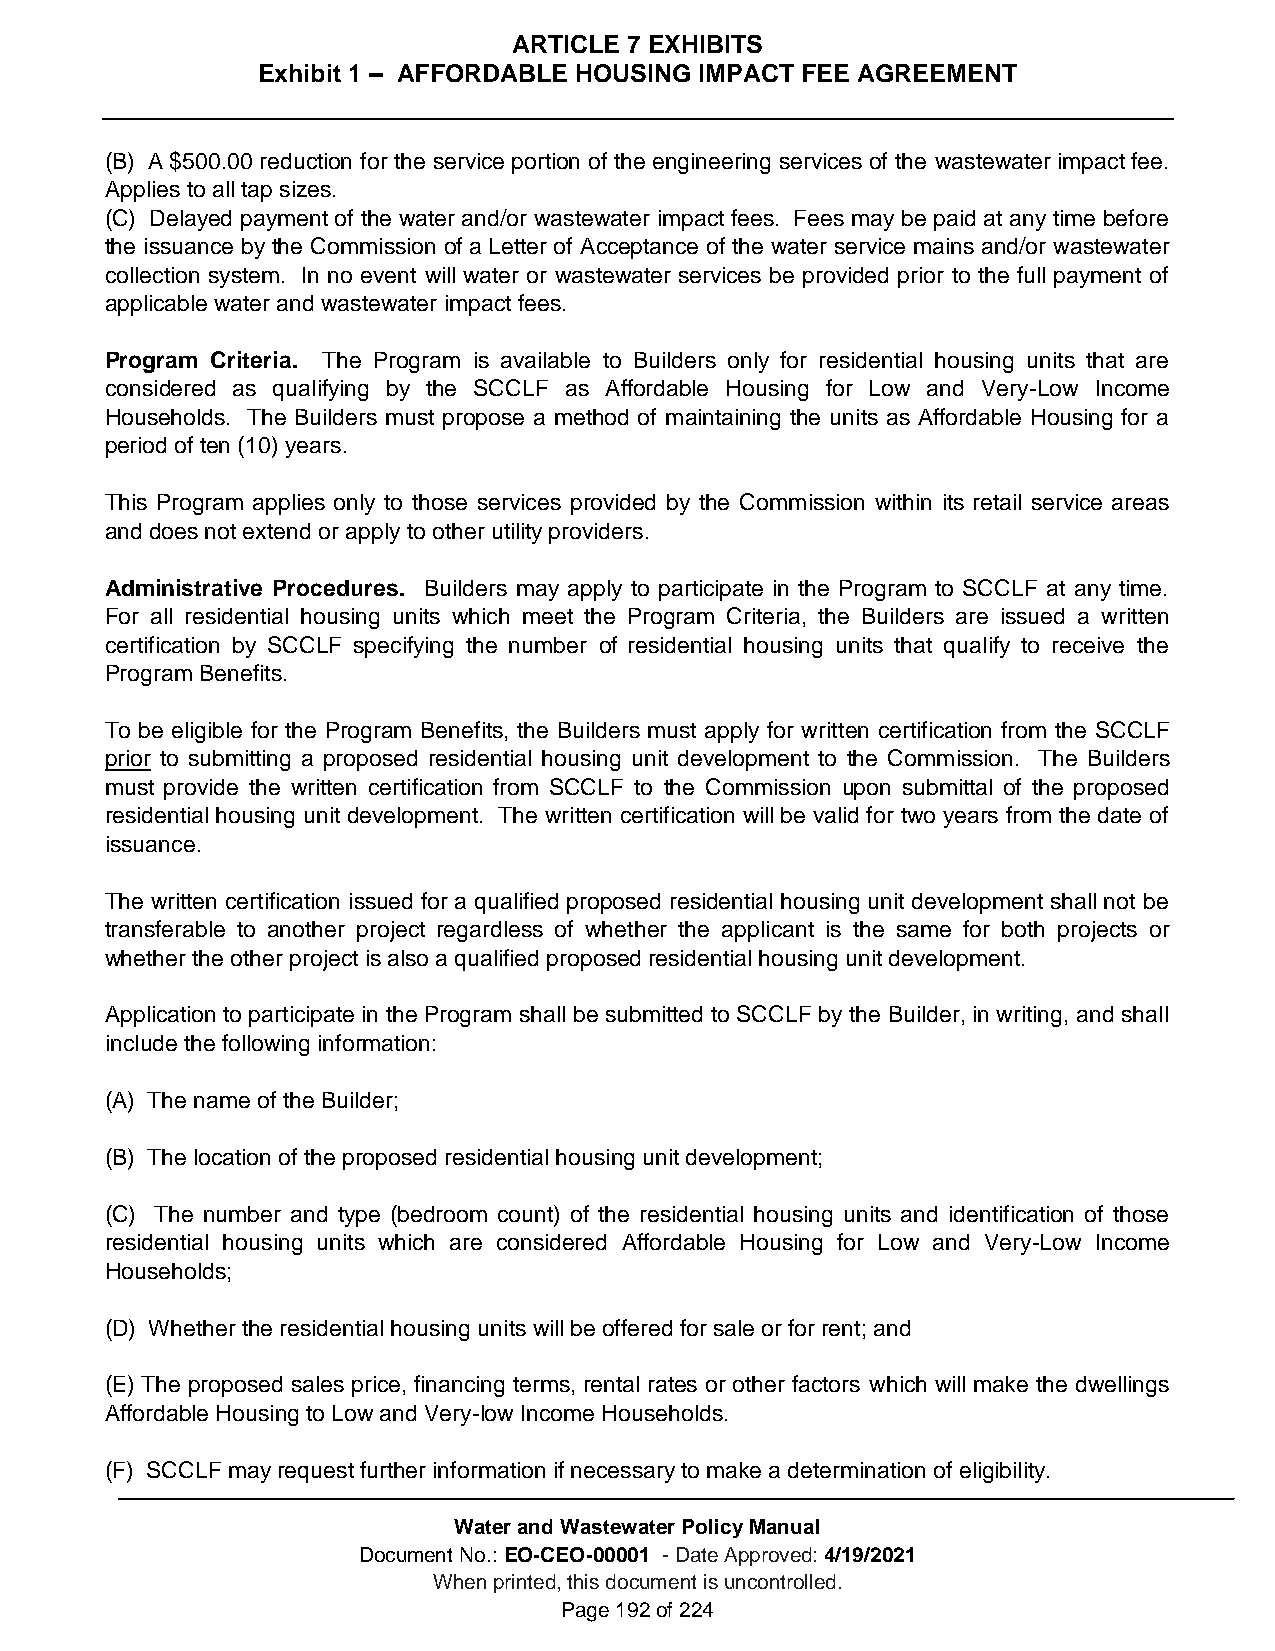
ARTICLE 7 EXHIBITS
 Exhibit 1 – AFFORDABLE HOUSING IMPACT FEE AGREEMENT
 (B) A $500.00 reduction for the service portion of the engineering services of the wastewater impact fee.
 Applies to all tap sizes.
 (C) Delayed payment of the water and/or wastewater impact fees. Fees may be paid at any time before
 the issuance by the Commission of a Letter of Acceptance of the water service mains and/or wastewater
 collection system. In no event will water or wastewater services be provided prior to the full payment of
 applicable water and wastewater impact fees.
 Program Criteria. The Program is available to Builders only for residential housing units that are
 considered as qualifying by the SCCLF as Affordable Housing for Low and Very-Low Income
 Households. The Builders must propose a method of maintaining the units as Affordable Housing for a
 period of ten (10) years.
 This Program applies only to those services provided by the Commission within its retail service areas
 and does not extend or apply to other utility providers.
 Administrative Procedures. Builders may apply to participate in the Program to SCCLF at any time.
 For all residential housing units which meet the Program Criteria, the Builders are issued a written
 certification by SCCLF specifying the number of residential housing units that qualify to receive the
 Program Benefits.
 To be eligible for the Program Benefits, the Builders must apply for written certification from the SCCLF
 prior to submitting a proposed residential housing unit development to the Commission. The Builders
 must provide the written certification from SCCLF to the Commission upon submittal of the proposed
 residential housing unit development. The written certification will be valid for two years from the date of
 issuance.
 The written certification issued for a qualified proposed residential housing unit development shall not be
 transferable to another project regardless of whether the applicant is the same for both projects or
 whether the other project is also a qualified proposed residential housing unit development.
 Application to participate in the Program shall be submitted to SCCLF by the Builder, in writing, and shall
 include the following information:
 (A) The name of the Builder;
 (B) The location of the proposed residential housing unit development;
 (C) The number and type (bedroom count) of the residential housing units and identification of those
 residential housing units which are considered Affordable Housing for Low and Very-Low Income
 Households;
 (D) Whether the residential housing units will be offered for sale or for rent; and
 (E) The proposed sales price, financing terms, rental rates or other factors which will make the dwellings
 Affordable Housing to Low and Very-low Income Households.
 (F) SCCLF may request further information if necessary to make a determination of eligibility.
 Water and Wastewater Policy Manual
 Document No.: EO-CEO-00001 - Date Approved: 4/19/2021
 When printed, this document is uncontrolled.
 Page 192 of 224